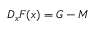
\begin{array} { r } { D _ { { \boldsymbol x } } F ( { \boldsymbol x } ) = G - M } \end{array}